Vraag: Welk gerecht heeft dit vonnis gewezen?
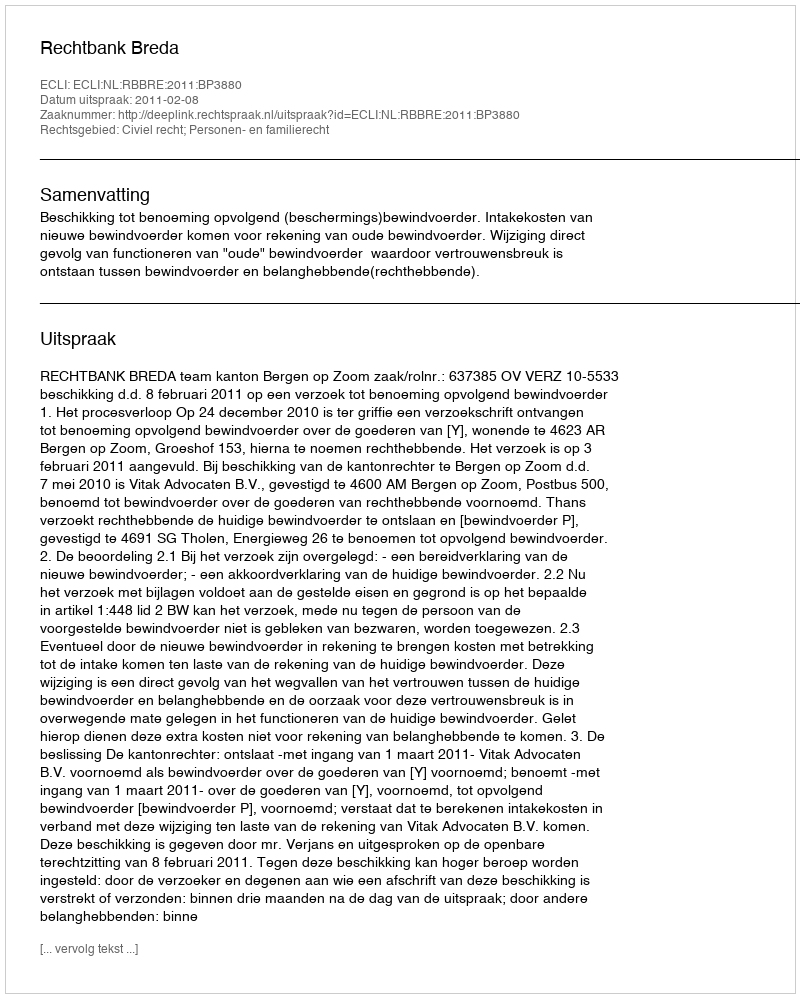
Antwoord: Rechtbank Breda